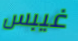
غيبس